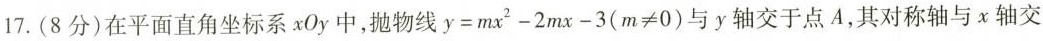
17.(8分)在平面直角坐标系xOy中，抛物线$$y=mx^{2}-2mx-3(m≠0)$$与y轴交于点A，其对称轴与x轴交